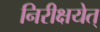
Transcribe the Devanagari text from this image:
निरीक्षयेत्